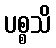
ပစ္စသိ